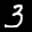
Label: 3